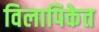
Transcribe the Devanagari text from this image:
विलापिकेत